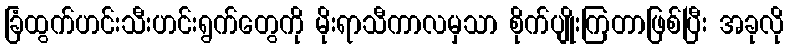
ခြံထွက်ဟင်းသီးဟင်းရွက်တွေကို မိုးရာသီကာလမှသာ စိုက်ပျိုးကြတာဖြစ်ပြီး အခုလို